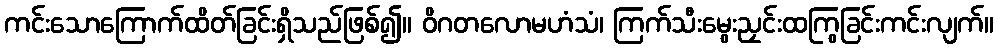
ကင်းသောကြောက်ထိတ်ခြင်းရှိသည်ဖြစ်၍။ ဝိဂတလောမဟံသံ၊ ကြက်သီးမွေးညှင်းထကြွခြင်းကင်းလျက်။